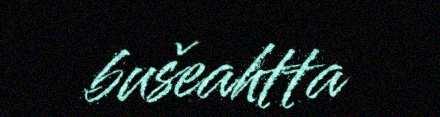
bušeahtta